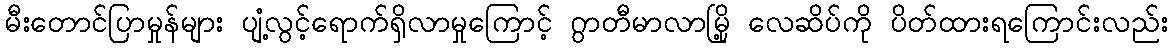
မီးတောင်ပြာမှုန်များ ပျံ့လွင့်ရောက်ရှိလာမှုကြောင့် ဂွာတီမာလာမြို့ လေဆိပ်ကို ပိတ်ထားရကြောင်းလည်း